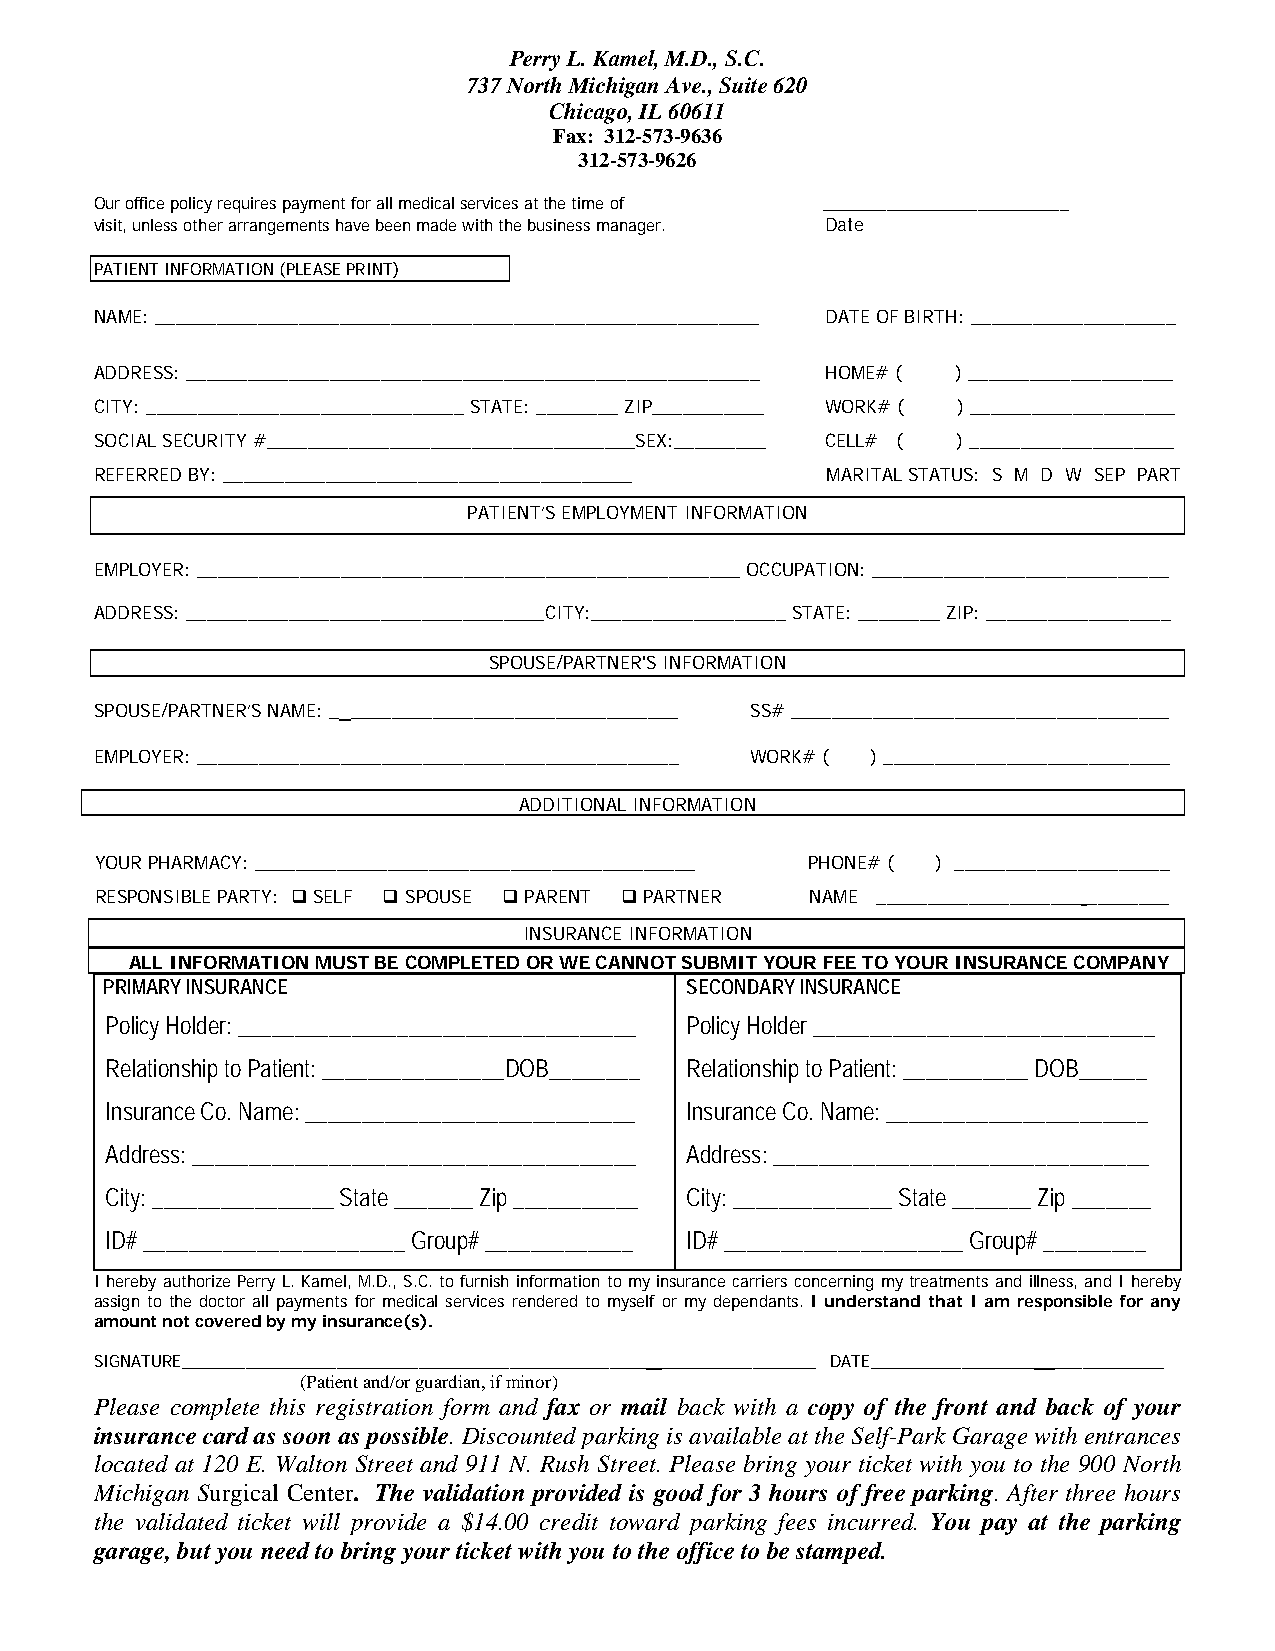
Perry L. Kamel, M.D., S.C.
 737 North Michigan Ave., Suite 620
 Chicago, IL 60611
 Fax: 312-573-9636
 312-573-9626
 Our office policy requires payment for all medical services at the time of ___________________________
 visit, unless other arrangements have been made with the business manager. Date
 PATIENT INFORMATION (PLEASE PRINT)
 NAME: ___________________________________________________________ DATE OF BIRTH: ____________________
 ADDRESS: ________________________________________________________ HOME# ( ) ____________________
 CITY: _______________________________ STATE: ________ ZIP___________ WORK# ( ) ____________________
 SOCIAL SECURITY #____________________________________SEX:_________ CELL# ( ) ____________________
 REFERRED BY: ________________________________________ MARITAL STATUS: S M D W SEP PART
 PATIENT’S EMPLOYMENT INFORMATION
 EMPLOYER: _____________________________________________________ OCCUPATION: _____________________________
 ADDRESS: ___________________________________CITY:___________________ STATE: ________ ZIP: __________________
 SPOUSE/PARTNER'S INFORMATION
 SPOUSE/PARTNER’S NAME: _ ________________________________ SS# _____________________________________
 EMPLOYER: _______________________________________________ WORK# ( ) ____________________________
 ADDITIONAL INFORMATION
 YOUR PHARMACY: ___________________________________________ PHONE# ( ) _____________________
 RESPONSIBLE PARTY:  SELF  SPOUSE  PARENT  PARTNER NAME ____________________ ________
 INSURANCE INFORMATION
 ALL INFORMATION MUST BE COMPLETED OR WE CANNOT SUBMIT YOUR FEE TO YOUR INSURANCE COMPANY
 PRIMARY INSURANCE                     SECONDARY INSURANCE
 Policy Holder: ___________________________________ Policy Holder ______________________________
 Relationship to Patient: ________________DOB________ Relationship to Patient: ___________ DOB______
 Insurance Co. Name: _____________________________ Insurance Co. Name: _______________________
 Address: _______________________________________ Address: _________________________________
 City: ________________ State _______ Zip ___________ City: ______________ State _______ Zip _______
 ID# _______________________ Group# _____________ ID# _____________________ Group# _________
 I hereby authorize Perry L. Kamel, M.D., S.C. to furnish information to my insurance carriers concerning my treatments and illness, and I hereby
 assign to the doctor all payments for medical services rendered to myself or my dependants. I understand that I am responsible for any
 amount not covered by my insurance(s).
 SIGNATURE___________________________________________________ _________________ DATE__________________ ____________
 (Patient and/or guardian, if minor)
 Please complete this registration form and fax or mail back with a copy of the front and back of your
 insurance card as soon as possible. Discounted parking is available at the Self-Park Garage with entrances
 located at 120 E. Walton Street and 911 N. Rush Street. Please bring your ticket with you to the 900 North
 Michigan Surgical Center. The validation provided is good for 3 hours of free parking. After three hours
 the validated ticket will provide a $14.00 credit toward parking fees incurred. You pay at the parking
 garage, but you need to bring your ticket with you to the office to be stamped.